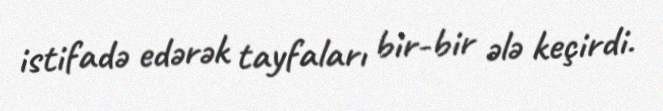
istifadə edərək tayfaları bir-bir ələ keçirdi.